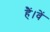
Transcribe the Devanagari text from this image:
हैं।वें